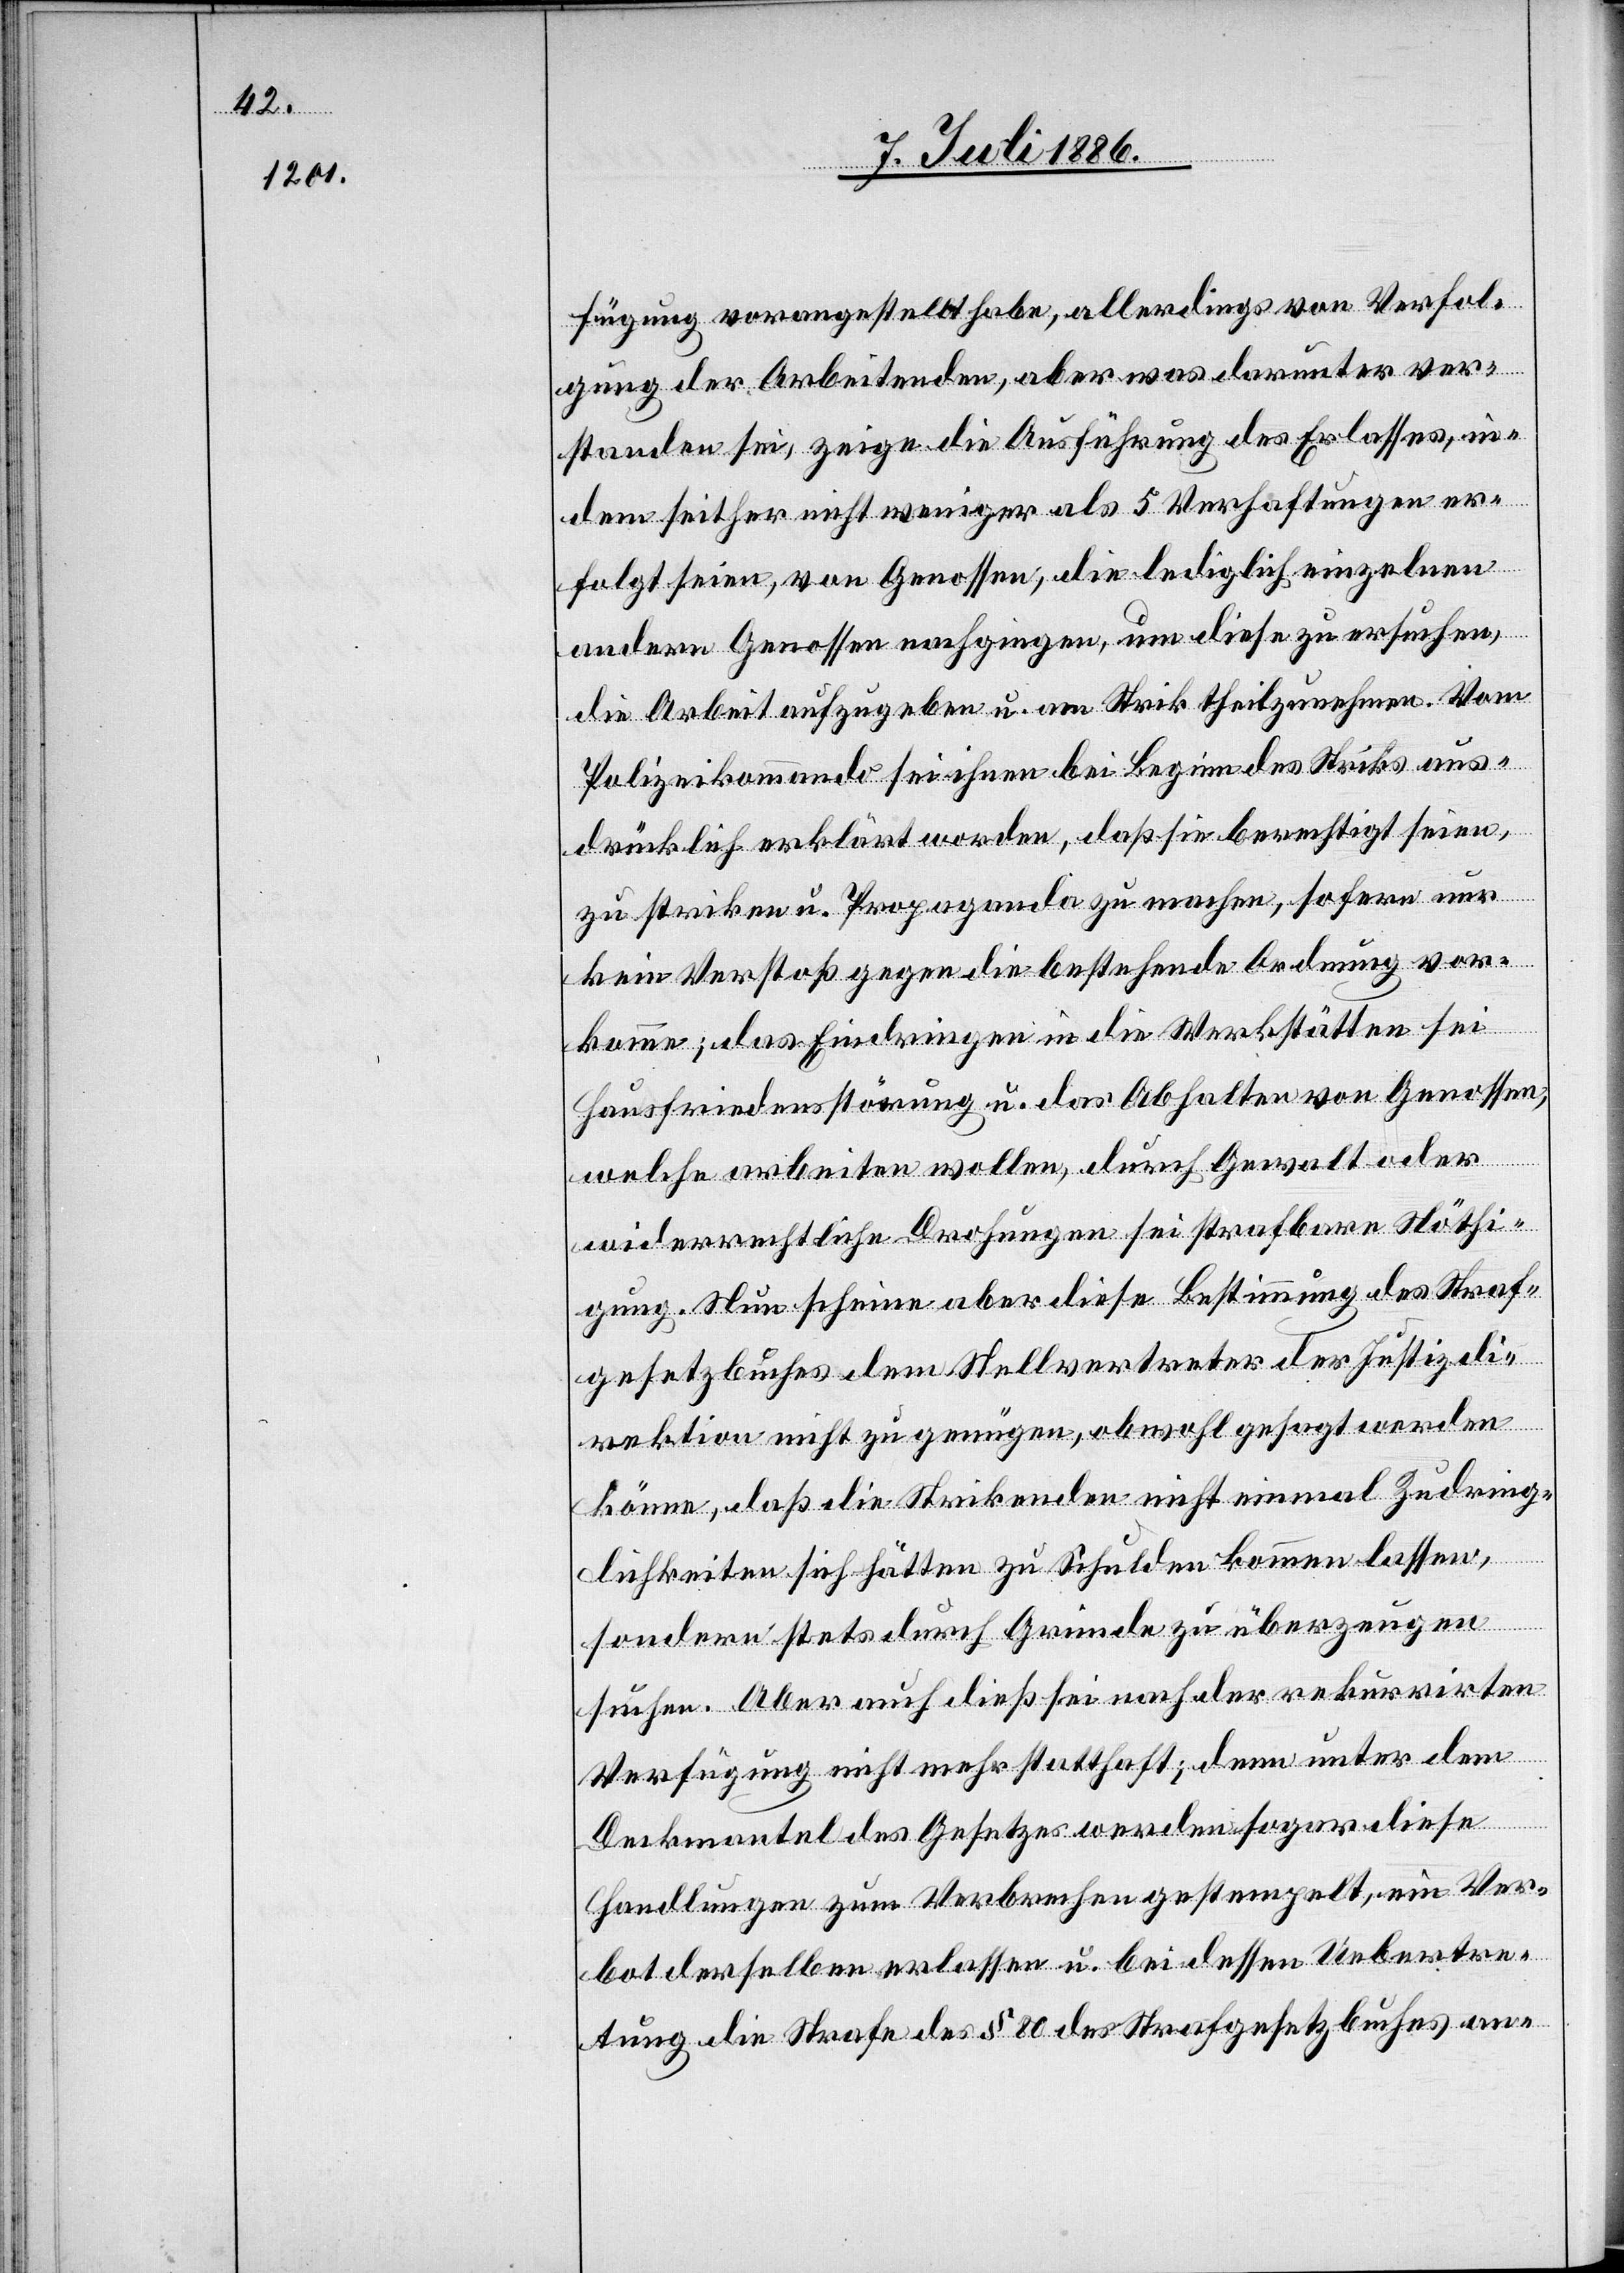
fügung vorangestellt habe, allerdings von Verfol¬
gung der Arbeitenden, aber was darunter ver¬
standen sei, zeige die Ausführung des Erlasses, in¬
dem seither nicht weniger als 5 Verhaftungen er¬
folgt seien, von Genossen, die lediglich einzelnen
andern Genossen nachgingen, um diese zu ersuchen,
die Arbeit aufzugeben u. am Strik theilzunehmen. Vom
Polizeikommando sei ihnen bei Beginn des Striks aus¬
drücklich erklärt worden, daß sie berechtigt seien,
zu striken u. Propaganda zu machen, sofern nur
kein Verstoß gegen die bestehende Ordnung vor¬
komme; das Eindringen in die Werkstätten sei
Hausfriedensstörung u. das Abhalten von Genossen,
welche arbeiten wollen, durch Gewalt oder
widerrechtliche Drohungen sei strafbare Nöthi¬
gung. Nun scheine aber diese Bestimmung des Straf¬
gesetzbuches dem Stellvertreter der Justizdi¬
rektion nicht zu genügen, obwohl gesagt werden
könne, daß die Strikenden nicht einmal Zudring¬
lichkeiten sich hätten zu Schulden kommen lassen,
sondern stets durch Gründe zu überzeugen
suchen. Aber auch dieß sei nach der rekurrirten
Verfügung nicht mehr statthaft; denn unter dem
Deckmantel des Gesetzes werden sogar diese
Handlungen zum Verbrechen gestempelt, ein Ver¬
bot derselben erlassen u. bei dessen Uebertre¬
tung die Strafe des § 80 des Strafgesetzbuches an-